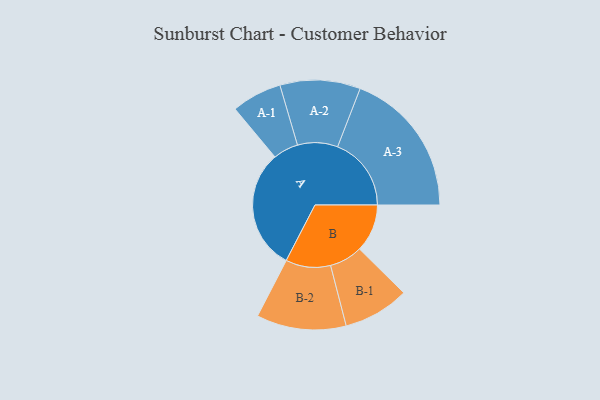
{"axis": {"x": "Segment", "y": "Value"}, "legend": ["", "A", "B"], "data": [{"x": "A", "y": 490, "type": ""}, {"x": "B", "y": 194, "type": ""}, {"x": "A-1", "y": 102, "type": "A"}, {"x": "A-2", "y": 163, "type": "A"}, {"x": "A-3", "y": 299, "type": "A"}, {"x": "B-1", "y": 134, "type": "B"}, {"x": "B-2", "y": 182, "type": "B"}]}